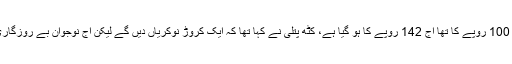
انہوںنین کہاکہ جو ڈالر 100 روپے کا تھا آج 142 روپے کا ہو گیا ہے، کٹھ پتلی نے کہا تھا کہ ایک کروڑ نوکریاں دیں گے لیکن آج نوجوان بے روزگاری کا رونا رو رہے ہیں۔